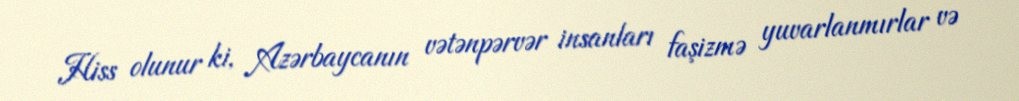
Hiss olunur ki, Azərbaycanın vətənpərvər insanları faşizmə yuvarlanmırlar və